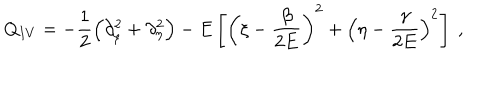
LaTeX: Q _ { I V } = - \frac { 1 } { 2 } \left( \partial _ { \xi } ^ { 2 } + \partial _ { \eta } ^ { 2 } \right) - E \left[ \left( \xi - \frac { \beta } { 2 E } \right) ^ { 2 } + \left( \eta - \frac { \gamma } { 2 E } \right) ^ { 2 } \right] \ ,